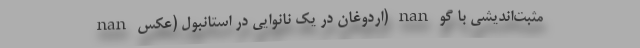
nan اردوغان در یک نانوایی در استانبول (عکس) nan مثبت‌اندیشی با گو